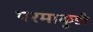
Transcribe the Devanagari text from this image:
परमाकुडी